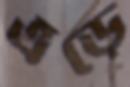
এঁড়ে